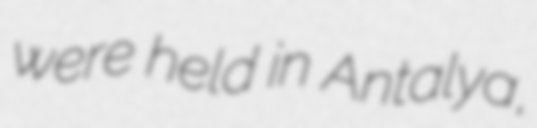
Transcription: were held in Antalya,